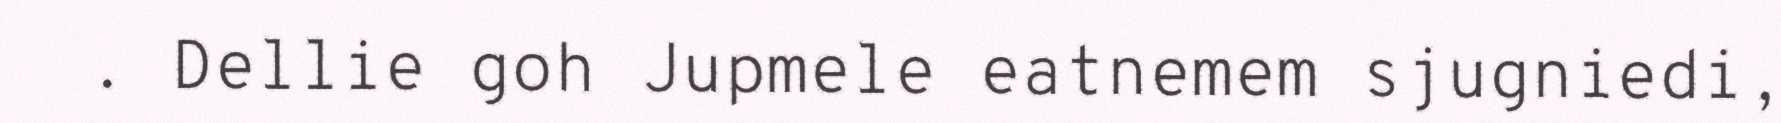
. Dellie goh Jupmele eatnemem sjugniedi,